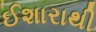
ઈશારાથી